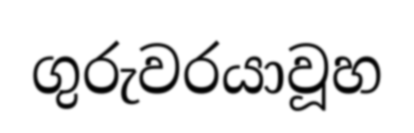
ගුරුවරයාවූහ